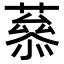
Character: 𦼒